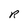
Character: R